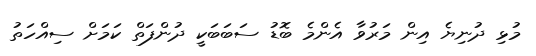
މުޅި ދުނިޔެ އިން މަރުވާ އެންމެ ބޮޑު ސަބަބަކީ ދުންފަތް ކަމަށް ސިއްހަތު